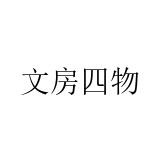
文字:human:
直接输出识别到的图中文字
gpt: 文房四物